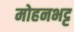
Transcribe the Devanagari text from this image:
मोहनभट्ट